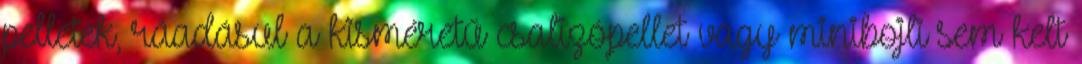
pelletek, ráadásul a kisméretű csalizópellet vagy minibojli sem kelt